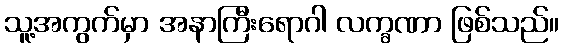
သူ့အကွက်မှာ အနာကြီးရောဂါ လက္ခဏာ ဖြစ်သည်။